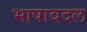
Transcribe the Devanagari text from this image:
भाषाबदल